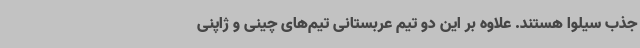
جذب سیلوا هستند. علاوه بر این دو تیم عربستانی تیم‌های چینی و ژاپنی